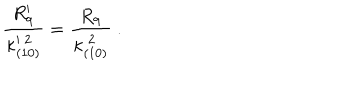
LaTeX: { \frac { R _ { 9 } ^ { \prime } } { \kappa _ { ( 1 0 ) } ^ { \prime \ 2 } } } = { \frac { R _ { 9 } } { \kappa _ { ( 1 0 ) } ^ { \ 2 } } } \ .